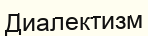
Диалектизм